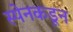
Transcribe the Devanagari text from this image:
स्पेनकडून